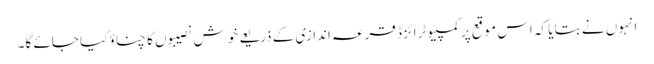
انہوں نے بتا یا کہ اس موقع پر کمپیوٹرائزڈ قرعہ اندازی کے ذریعے خوش نصیبوں کا چناؤ کیا جائے گا۔